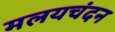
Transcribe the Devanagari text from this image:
मलयचंदन